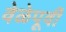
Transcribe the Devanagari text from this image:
वेळेपूर्वी